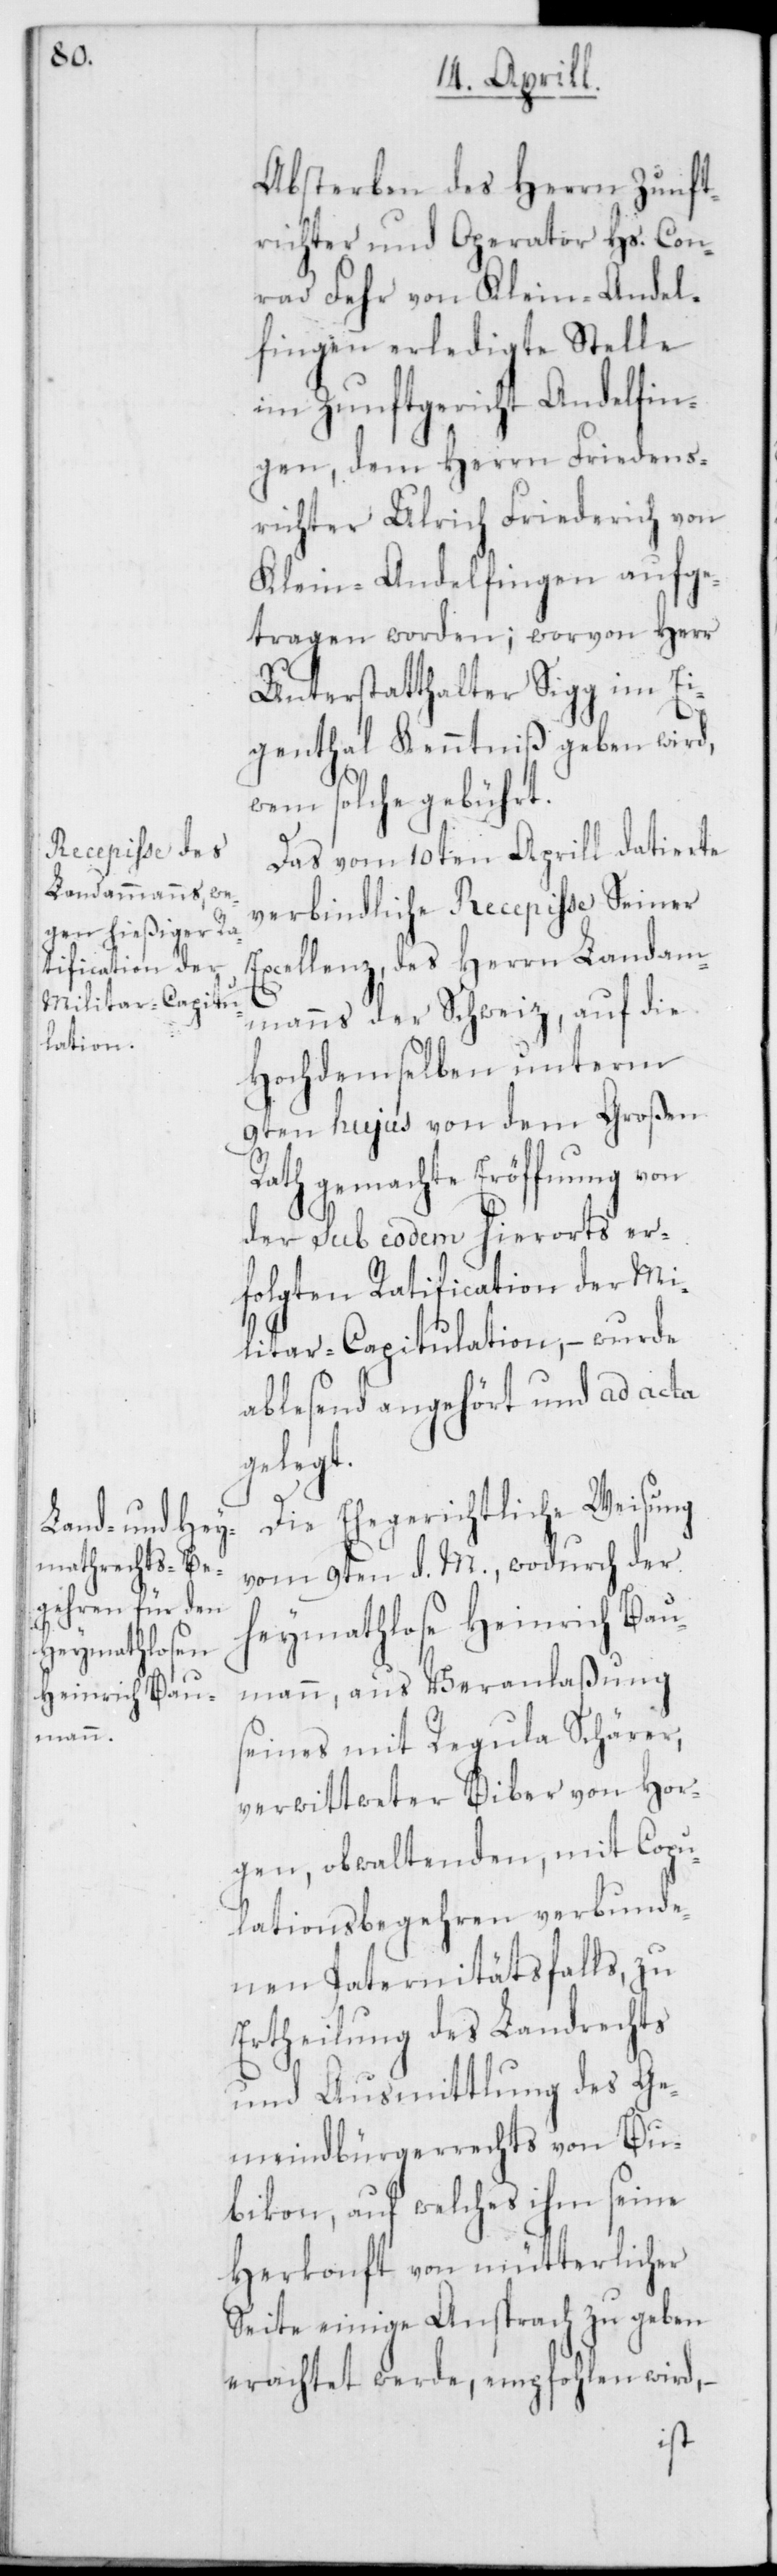
Absterben des Herrn Zunft¬
richter und Operator Hs. Con¬
rad Fehr von Klein-Andel¬
fingen erledigte Stelle
im Zunftgericht Andelfin¬
gen, dem Herrn Friedens¬
richter Ulrich Friederich von
Klein-Andelfingen aufge¬
tragen worden; worvon Herr
Unterstatthalter Sigg im Ei¬
genthal Kenntniß geben wird,
wem solche gebührt.
Das vom 10ten Aprill datierte
verbindliche Recepisse Seiner
Excellenz des Herrn Landam¬
manns der Schweiz, auf die
Hochdemselben unterm
9ten hujus von dem Großen
Rath gemachte Eröffnung von
der sub eodem hierorts er¬
folgten Ratification der Mi¬
litar-Capitulation, – wurde
ablesend angehört und ad acta
gelegt.
Die Ehegerichtliche Weisung
vom 9ten d. M., wodurch der
heymathlose Heinrich Bau¬
mann, aus Veranlaßung
seines mit Regula Schärer,
verwittweter Biber von Hor¬
gen, obwaltenden, mit Copu¬
lationsbegehren verbunde¬
nen Paternitätsfalls, zu
Ertheilung des Landrechts
und Ausmittlung des Ge¬
meindbürgerrechts von Bu¬
bikon, auf welches ihm seine
Herkonft von mütterlicher
Seite einige Ansprach zu geben
erachtet werde, empfohlen wird,